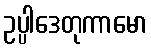
ဥပ္ပါဒေတုကာမော